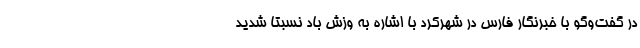
در گفت‌وگو با خبرنگار فارس در شهرکرد با اشاره به وزش باد نسبتا شدید